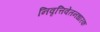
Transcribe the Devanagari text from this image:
निवृत्तिवेतनधारक